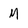
Character: M